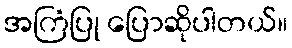
အကြံပြု ပြောဆိုပါတယ်။